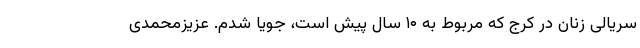
سریالی زنان در کرج که مربوط به ۱۰ سال پیش است، جویا شدم. عزیزمحمدی